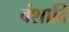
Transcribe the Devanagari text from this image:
वंशादि